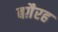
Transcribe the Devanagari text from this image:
बग़ैरह